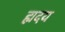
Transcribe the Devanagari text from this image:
ह्मदय